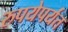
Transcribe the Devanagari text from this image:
रुपयेपर्यंत